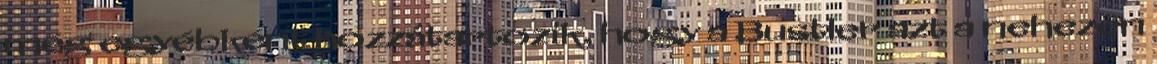
még egyébként hozzátartozik, hogy a Bustler azt a nehezen